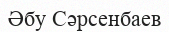
Әбу Сәрсенбаев